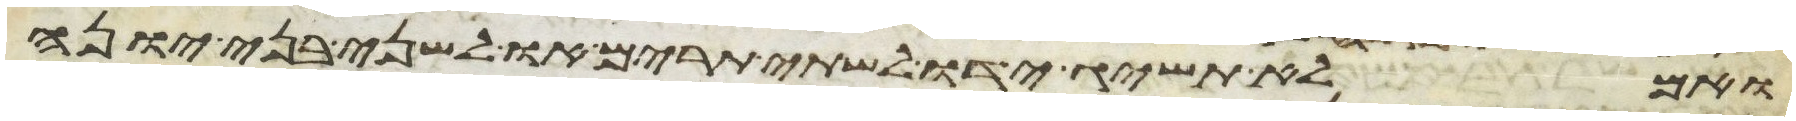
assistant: ואם לא תשיג ידו לשתי תרים או לשני בני יונה